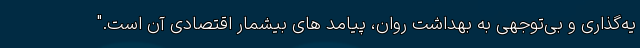
یه‌گذاری و بی‌توجهی به بهداشت روان، پیامد های بیشمار اقتصادی آن است."